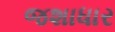
જશાધાર